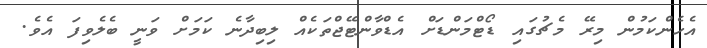
އެހެންކަމުން މިރޭ މެޗުގައި ޑޯޓްމަންޑަށް އެޑްވާންޓޭޖްތަކެއް ލިބިދާނެ ކަމަށް ވަނީ ބެލެވިފަ އެވެ.